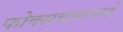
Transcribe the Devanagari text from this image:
फोक्सवागनने